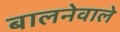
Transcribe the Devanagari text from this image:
बालनेवाले